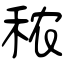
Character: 秾